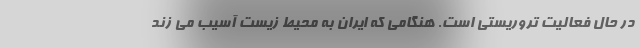
در حال فعالیت تروریستی است. هنگامی که ایران به محیط زیست آسیب می زند